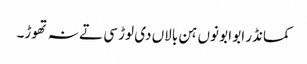
کمانڈر ابو ابو نوں ہن بالاں دی لوڑ سی تے نہ تھوڑ۔